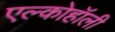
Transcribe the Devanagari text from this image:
एल्कोहॉली